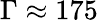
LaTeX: \Gamma\approx 175